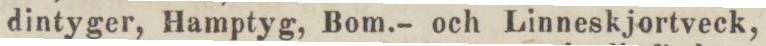
dintyger, Hamptyg, Bom.– och Linneskjortveck,